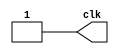
`timescale 1ms/1ms

module clock(clk);
	
 	output reg clk;

	initial 
	begin 
		clk = 0;
		repeat(41)
			#250 clk = ~clk; 
	end

endmodule